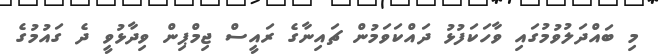
މި ބައްދަލުވުމުގައި ވާހަކަފުޅު ދައްކަވަމުން ޗައިނާގެ ރައީސް ޖިމްޕިން ވިދާޅުވީ ދެ ގައުމުގެ